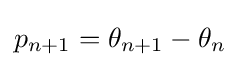
p_{n+1}=\theta _{n+1}-\theta _{n}